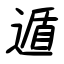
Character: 遁